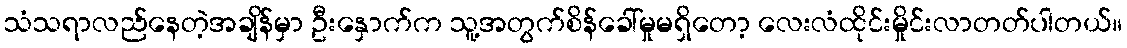
သံသရာလည်နေတဲ့အချိန်မှာ ဦးနှောက်က သူ့အတွက်စိန်ခေါ်မှုမရှိတော့ လေးလံထိုင်းမှိုင်းလာတတ်ပါတယ်။